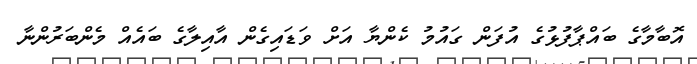
އޮބާމާގެ ބައްޕާފުޅުގެ އުފަން ގައުމު ކެންޔާ އަށް ވަޑައިގެން އާއިލާގެ ބައެއް މެންބަރުންނާ